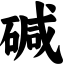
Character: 碱